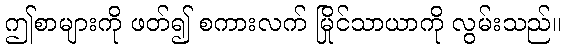
ဤစာများကို ဖတ်၍ စကားလက် မြိုင်သာယာကို လွမ်းသည်။